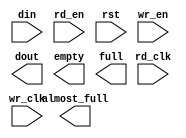
module cdq_tx_fifo_256x72_to_36(
	din,
	rd_clk,
	rd_en,
	rst,
	wr_clk,
	wr_en,
	almost_full,
	dout,
	empty,
	full);


input [71 : 0] din;
input rd_clk;
input rd_en;
input rst;
input wr_clk;
input wr_en;
output almost_full;
output [35 : 0] dout;
output empty;
output full;

// synthesis translate_off

      FIFO_GENERATOR_V4_2 #(
		.C_COMMON_CLOCK(0),
		.C_COUNT_TYPE(0),
		.C_DATA_COUNT_WIDTH(9),
		.C_DEFAULT_VALUE("BlankString"),
		.C_DIN_WIDTH(72),
		.C_DOUT_RST_VAL("0"),
		.C_DOUT_WIDTH(36),
		.C_ENABLE_RLOCS(0),
		.C_FAMILY("virtex2p"),
		.C_FULL_FLAGS_RST_VAL(1),
		.C_HAS_ALMOST_EMPTY(0),
		.C_HAS_ALMOST_FULL(1),
		.C_HAS_BACKUP(0),
		.C_HAS_DATA_COUNT(0),
		.C_HAS_INT_CLK(0),
		.C_HAS_MEMINIT_FILE(0),
		.C_HAS_OVERFLOW(0),
		.C_HAS_RD_DATA_COUNT(0),
		.C_HAS_RD_RST(0),
		.C_HAS_RST(1),
		.C_HAS_SRST(0),
		.C_HAS_UNDERFLOW(0),
		.C_HAS_VALID(0),
		.C_HAS_WR_ACK(0),
		.C_HAS_WR_DATA_COUNT(0),
		.C_HAS_WR_RST(0),
		.C_IMPLEMENTATION_TYPE(2),
		.C_INIT_WR_PNTR_VAL(0),
		.C_MEMORY_TYPE(1),
		.C_MIF_FILE_NAME("BlankString"),
		.C_OPTIMIZATION_MODE(0),
		.C_OVERFLOW_LOW(0),
		.C_PRELOAD_LATENCY(0),
		.C_PRELOAD_REGS(1),
		.C_PRIM_FIFO_TYPE("512x72"),
		.C_PROG_EMPTY_THRESH_ASSERT_VAL(4),
		.C_PROG_EMPTY_THRESH_NEGATE_VAL(5),
		.C_PROG_EMPTY_TYPE(0),
		.C_PROG_FULL_THRESH_ASSERT_VAL(253),
		.C_PROG_FULL_THRESH_NEGATE_VAL(252),
		.C_PROG_FULL_TYPE(0),
		.C_RD_DATA_COUNT_WIDTH(9),
		.C_RD_DEPTH(512),
		.C_RD_FREQ(125),
		.C_RD_PNTR_WIDTH(9),
		.C_UNDERFLOW_LOW(0),
		.C_USE_DOUT_RST(1),
		.C_USE_ECC(0),
		.C_USE_EMBEDDED_REG(0),
		.C_USE_FIFO16_FLAGS(0),
		.C_USE_FWFT_DATA_COUNT(1),
		.C_VALID_LOW(0),
		.C_WR_ACK_LOW(0),
		.C_WR_DATA_COUNT_WIDTH(8),
		.C_WR_DEPTH(256),
		.C_WR_FREQ(125),
		.C_WR_PNTR_WIDTH(8),
		.C_WR_RESPONSE_LATENCY(1))
	inst (
		.DIN(din),
		.RD_CLK(rd_clk),
		.RD_EN(rd_en),
		.RST(rst),
		.WR_CLK(wr_clk),
		.WR_EN(wr_en),
		.ALMOST_FULL(almost_full),
		.DOUT(dout),
		.EMPTY(empty),
		.FULL(full),
		.CLK(),
		.INT_CLK(),
		.BACKUP(),
		.BACKUP_MARKER(),
		.PROG_EMPTY_THRESH(),
		.PROG_EMPTY_THRESH_ASSERT(),
		.PROG_EMPTY_THRESH_NEGATE(),
		.PROG_FULL_THRESH(),
		.PROG_FULL_THRESH_ASSERT(),
		.PROG_FULL_THRESH_NEGATE(),
		.RD_RST(),
		.SRST(),
		.WR_RST(),
		.ALMOST_EMPTY(),
		.DATA_COUNT(),
		.OVERFLOW(),
		.PROG_EMPTY(),
		.PROG_FULL(),
		.VALID(),
		.RD_DATA_COUNT(),
		.UNDERFLOW(),
		.WR_ACK(),
		.WR_DATA_COUNT(),
		.SBITERR(),
		.DBITERR());


// synthesis translate_on

endmodule